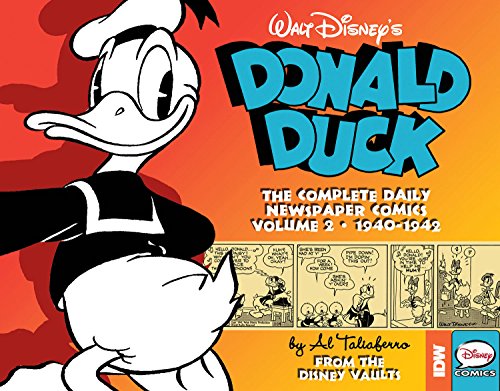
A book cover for Walt Disney's Donald Duck: The Daily Newspaper Comics Volume 2; Bob Karp; Comics & Graphic Novels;